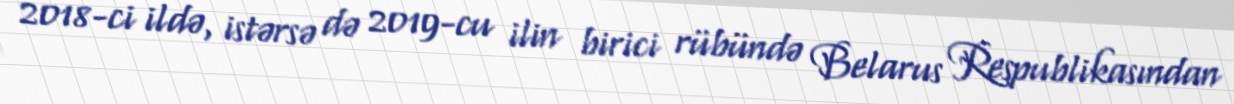
2018-ci ildə, istərsə də 2019-cu ilin birici rübündə Belarus Respublikasından